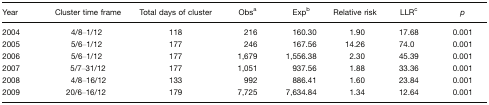
<table><thead><tr><td><b>Year</b></td><td><b>Cluster time frame</b></td><td><b>Total days of cluster</b></td><td><b>Obsa</b></td><td><b>Expb</b></td><td><b>Relative risk</b></td><td><b>LLRc</b></td><td><b><i>p</i></b></td></tr></thead><tbody><tr><td>2004</td><td>4/8–1/12</td><td>118</td><td>216</td><td>160.30</td><td>1.90</td><td>17.68</td><td>0.001</td></tr><tr><td>2005</td><td>5/6–1/12</td><td>177</td><td>246</td><td>167.56</td><td>14.26</td><td>74.0</td><td>0.001</td></tr><tr><td>2006</td><td>5/6–1/12</td><td>177</td><td>1,679</td><td>1,556.38</td><td>2.30</td><td>45.39</td><td>0.001</td></tr><tr><td>2007</td><td>5/7–31/12</td><td>177</td><td>1,051</td><td>937.56</td><td>1.88</td><td>33.36</td><td>0.001</td></tr><tr><td>2008</td><td>4/8–16/12</td><td>133</td><td>992</td><td>886.41</td><td>1.60</td><td>23.84</td><td>0.001</td></tr><tr><td>2009</td><td>20/6–16/12</td><td>179</td><td>7,725</td><td>7,634.84</td><td>1.34</td><td>12.64</td><td>0.001</td></tr></tbody></table>